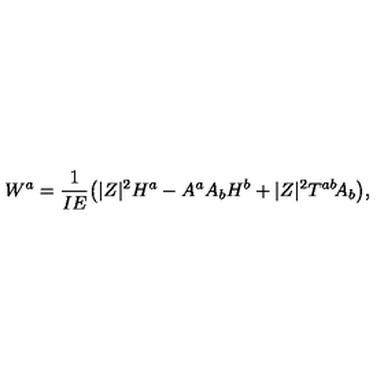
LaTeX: W ^ { a } = \frac { 1 } { I E } \big ( | Z | ^ { 2 } H ^ { a } - A ^ { a } A _ { b } H ^ { b } + | Z | ^ { 2 } T ^ { a b } \! A _ { b } \big ) ,